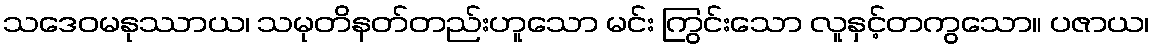
သဒေဝမနုဿာယ၊ သမုတိနတ်တည်းဟူသော မင်း ကြွင်းသော လူနှင့်တကွသော။ ပဇာယ၊